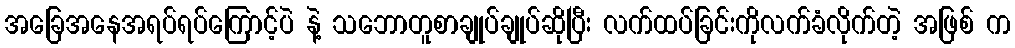
အခြေအနေအရပ်ရပ်ကြောင့်ပဲ နဲ့ သဘောတူစာချုပ်ချုပ်ဆိုပြီး လက်ထပ်ခြင်းကိုလက်ခံလိုက်တဲ့ အဖြစ် က